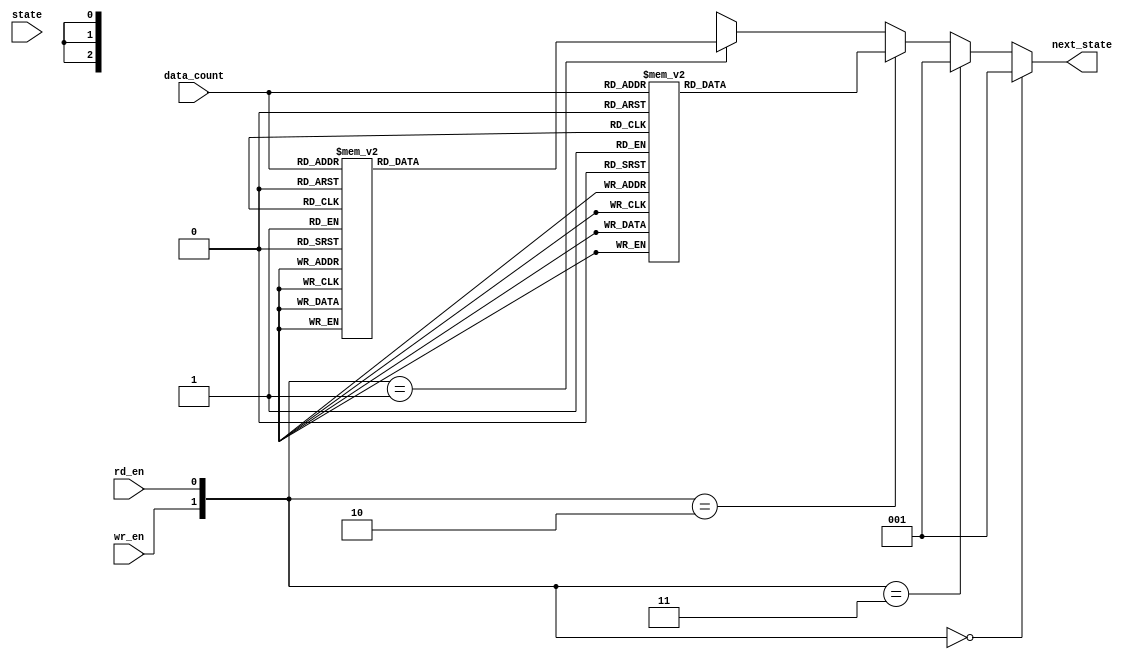
module fifo_ns_16 (wr_en, rd_en, state, data_count, next_state);
	input wr_en, rd_en;
	input[2:0] state;
	input[4:0] data_count;
	output reg[2:0] next_state;
	
	parameter INIT = 3'b000;
	parameter NO_OP = 3'b001;
	parameter WRITE = 3'b010;
	parameter WR_ERR = 3'b011;
	parameter READ = 3'b100;
	parameter RD_ERR = 3'b101;
	//states encoding
	//110 and 111 are not used
	
	always @ (wr_en, rd_en, state, data_count)
		begin
			//every States to INIT (NONE)
		
			if ({wr_en,rd_en} == 2'b00) next_state = NO_OP;
			else if ({wr_en,rd_en} == 2'b11) next_state = NO_OP;
			//every States to NO_OP
			
			else if ({wr_en,rd_en} == 2'b10)
				case (data_count)
					(5'b00000) : next_state = WRITE;//0
					(5'b00001) : next_state = WRITE;
					(5'b00010) : next_state = WRITE;//2
					(5'b00011) : next_state = WRITE;
					(5'b00100) : next_state = WRITE;//4
					(5'b00101) : next_state = WRITE;
					(5'b00110) : next_state = WRITE;
					(5'b00111) : next_state = WRITE;
					(5'b01000) : next_state = WRITE;//8
					(5'b01001) : next_state = WRITE;
					(5'b01010) : next_state = WRITE;
					(5'b01011) : next_state = WRITE;
					(5'b01100) : next_state = WRITE;
					(5'b01101) : next_state = WRITE;
					(5'b01110) : next_state = WRITE;
					(5'b01111) : next_state = WRITE;
					(5'b10000) : next_state = WR_ERR;//16
					default : next_state = 3'bxxx;
				endcase
			//every States to WRITE and WR_ERR
		
			else if ({wr_en,rd_en} == 2'b01)
				case (data_count)
					(5'b00000) : next_state = RD_ERR;//0
					(5'b00001) : next_state = READ;
					(5'b00010) : next_state = READ;//2
					(5'b00011) : next_state = READ;
					(5'b00100) : next_state = READ;//4
					(5'b00101) : next_state = READ;
					(5'b00110) : next_state = READ;
					(5'b00111) : next_state = READ;
					(5'b01000) : next_state = READ;//8
					(5'b01001) : next_state = READ;
					(5'b01010) : next_state = READ;
					(5'b01011) : next_state = READ;
					(5'b01100) : next_state = READ;
					(5'b01101) : next_state = READ;
					(5'b01110) : next_state = READ;
					(5'b01111) : next_state = READ;
					(5'b10000) : next_state = READ;//16
					default : next_state = 3'bxxx;
				endcase
			//every States to READ and RD_ERR
			
			else next_state = 3'bxxx;
		end
endmodule